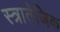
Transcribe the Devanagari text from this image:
स्त्रातेजिक